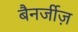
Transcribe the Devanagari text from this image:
बैनर्जीज़